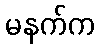
မနက်က